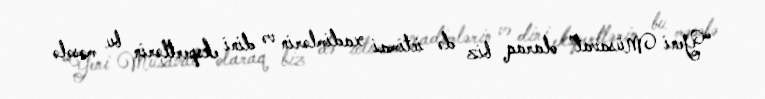
“Yeni Müsavat” olaraq biz də ictimai xadimlərin və dini ekspertlərin bu məsələ